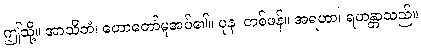
ဤသို့။ အာသိတံ၊ ဟောတော်မူအပ်၏။ ပုန၊ တစ်ဖန်။ အရဟာ၊ ရဟန္တာသည်။